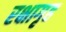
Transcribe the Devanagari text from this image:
रक्षागृह